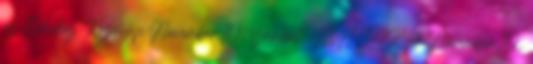
az Életedhez Kezdőlap November 10., szombat: MACSKA November 10.,